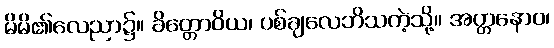
မိမိ၏လေညာ၌။ ခိတ္တောဝိယ၊ ပစ်ချလေဘိသကဲ့သို့။ အတ္တနောဝ၊